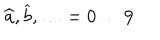
\widehat { a } , \widehat { b } , \ldots = 0 \ldots 9